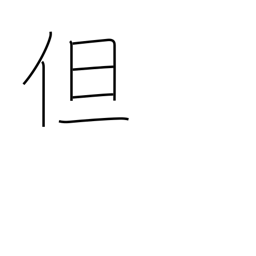
Meaning: but